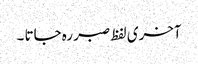
آخری لفظ صبر رہ جاتا ۔